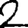
Digit: 2